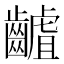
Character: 䶥